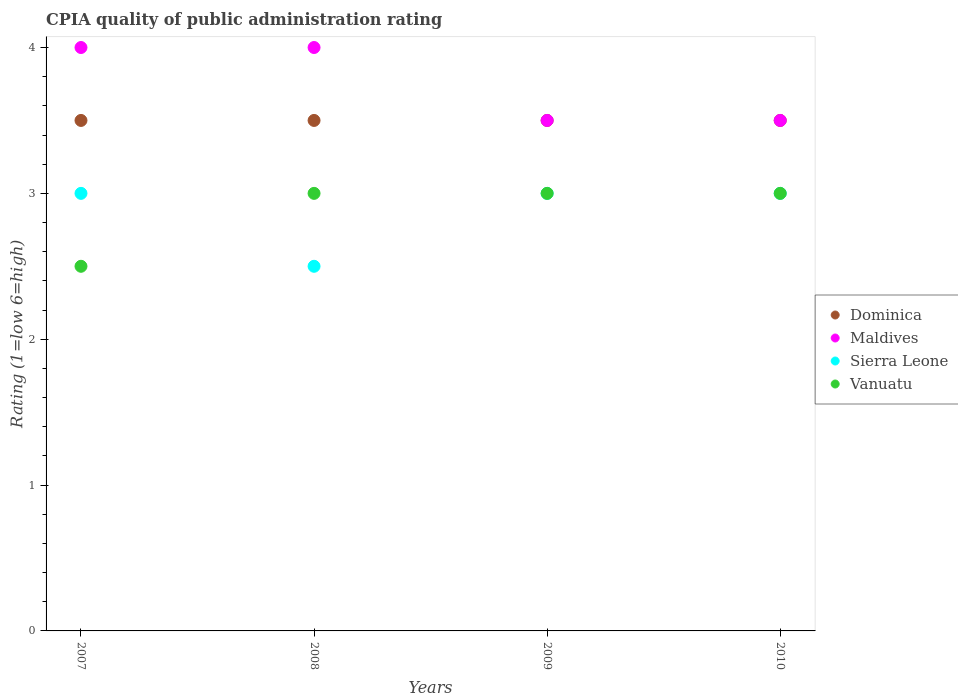
| Years | Dominica | Maldives | Sierra Leone | Vanuatu |
 | --- | --- | --- | --- | --- |
 | 2007 | 3.5 | 4 | 3 | 2.5 |
 | 2008 | 3.5 | 4 | 2.5 | 3 |
 | 2009 | 3.5 | 3.5 | 3 | 3 |
 | 2010 | 3.5 | 3.5 | 3 | 3 |